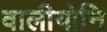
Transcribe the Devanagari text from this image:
वालीयोनि